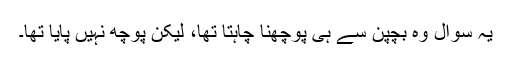
یہ سوال وہ بچپن سے ہی پوچھنا چاہتا تھا، لیکن پوچھ نہیں پایا تھا۔